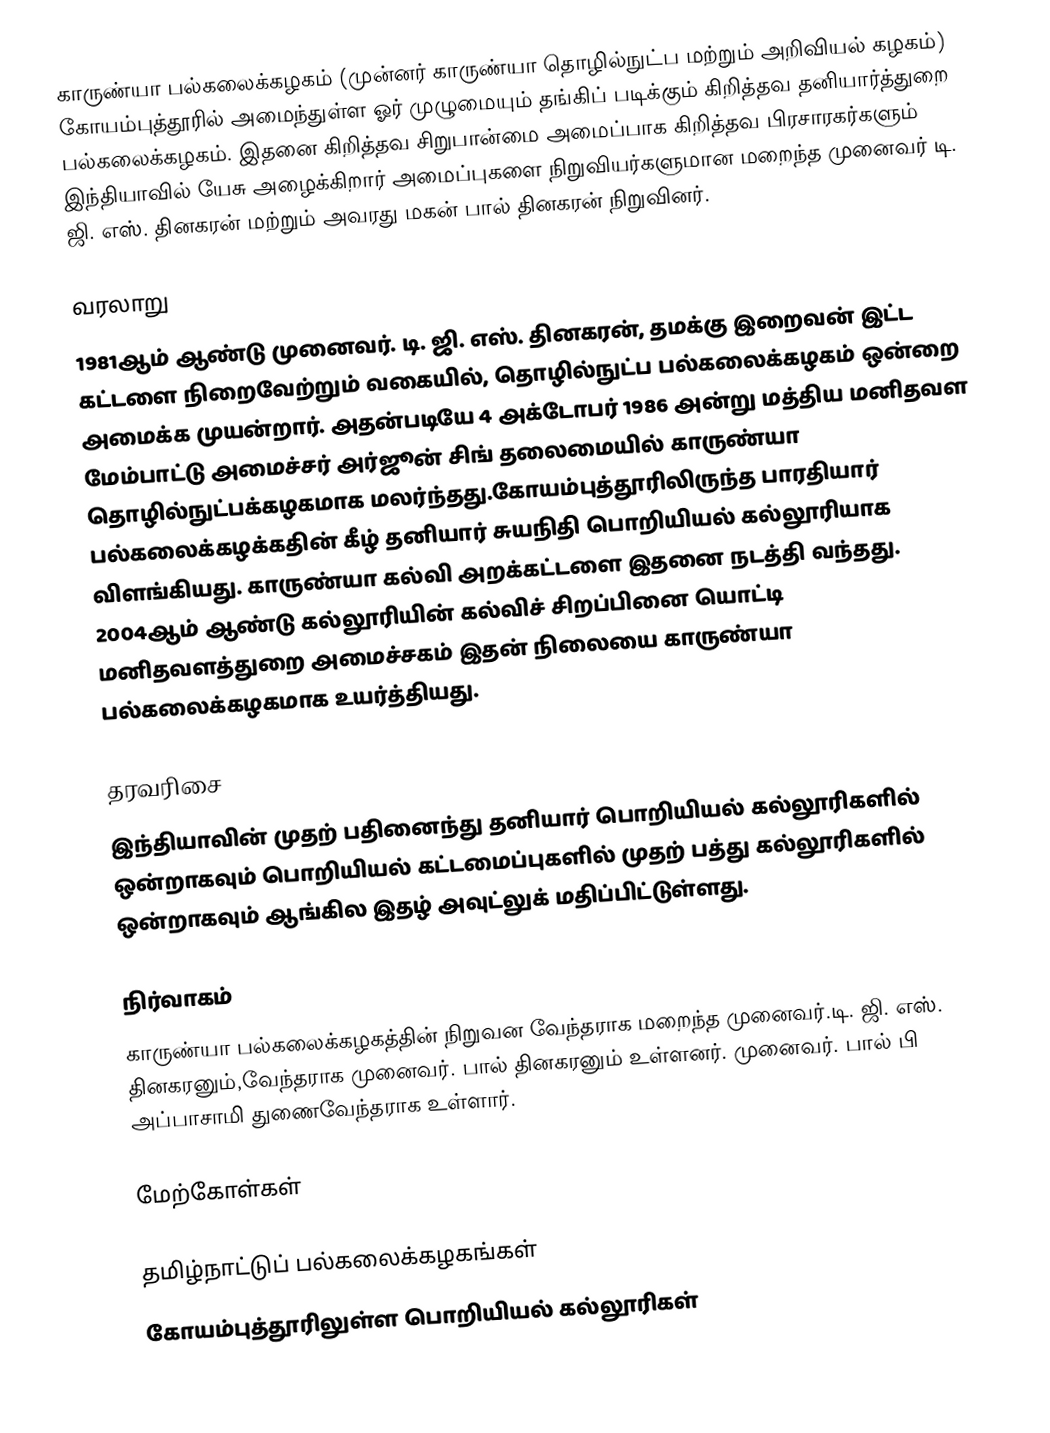
காருண்யா பல்கலைக்கழகம்  (முன்னர் காருண்யா தொழில்நுட்ப மற்றும் அறிவியல் கழகம்) கோயம்புத்தூரில் அமைந்துள்ள ஓர் முழுமையும் தங்கிப் படிக்கும் கிறித்தவ தனியார்த்துறை பல்கலைக்கழகம். இதனை கிறித்தவ சிறுபான்மை அமைப்பாக கிறித்தவ பிரசாரகர்களும் இந்தியாவில் யேசு அழைக்கிறார் அமைப்புகளை நிறுவியர்களுமான மறைந்த முனைவர் டி. ஜி. எஸ். தினகரன் மற்றும் அவரது மகன் பால் தினகரன் நிறுவினர்.

வரலாறு
1981ஆம் ஆண்டு முனைவர். டி. ஜி. எஸ். தினகரன், தமக்கு இறைவன் இட்ட கட்டளை நிறைவேற்றும் வகையில், தொழில்நுட்ப பல்கலைக்கழகம் ஒன்றை அமைக்க முயன்றார். அதன்படியே 4 அக்டோபர் 1986 அன்று மத்திய மனிதவள மேம்பாட்டு அமைச்சர் அர்ஜூன் சிங் தலைமையில் காருண்யா தொழில்நுட்பக்கழகமாக மலர்ந்தது.கோயம்புத்தூரிலிருந்த பாரதியார் பல்கலைக்கழக்கதின் கீழ் தனியார் சுயநிதி பொறியியல் கல்லூரியாக விளங்கியது. காருண்யா கல்வி அறக்கட்டளை இதனை நடத்தி வந்தது. 2004ஆம் ஆண்டு கல்லூரியின் கல்விச் சிறப்பினை யொட்டி மனிதவளத்துறை அமைச்சகம் இதன் நிலையை காருண்யா பல்கலைக்கழகமாக உயர்த்தியது.

தரவரிசை
இந்தியாவின் முதற் பதினைந்து தனியார் பொறியியல் கல்லூரிகளில் ஒன்றாகவும்  பொறியியல் கட்டமைப்புகளில் முதற் பத்து கல்லூரிகளில் ஒன்றாகவும் ஆங்கில இதழ் அவுட்லுக் மதிப்பிட்டுள்ளது.

நிர்வாகம்
காருண்யா பல்கலைக்கழகத்தின் நிறுவன வேந்தராக மறைந்த முனைவர்.டி.  ஜி. எஸ்.  தினகரனும்,வேந்தராக முனைவர். பால் தினகரனும்  உள்ளனர். முனைவர். பால் பி அப்பாசாமி துணைவேந்தராக உள்ளார்.

மேற்கோள்கள்

தமிழ்நாட்டுப் பல்கலைக்கழகங்கள்
கோயம்புத்தூரிலுள்ள பொறியியல் கல்லூரிகள்